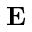
\bf { E }